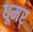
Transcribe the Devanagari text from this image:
धूमर्